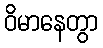
ဝိမာနေတွာ